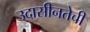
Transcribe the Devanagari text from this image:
उदासीनतेची